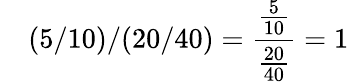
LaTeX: \quad(5/10)/(20/40)={\frac{\frac{5}{10}}{\frac{20}{40}}}=1